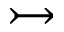
\rightarrowtail